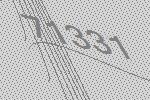
71331